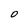
Character: O